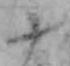
十